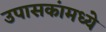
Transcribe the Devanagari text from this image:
उपासकांमध्ये